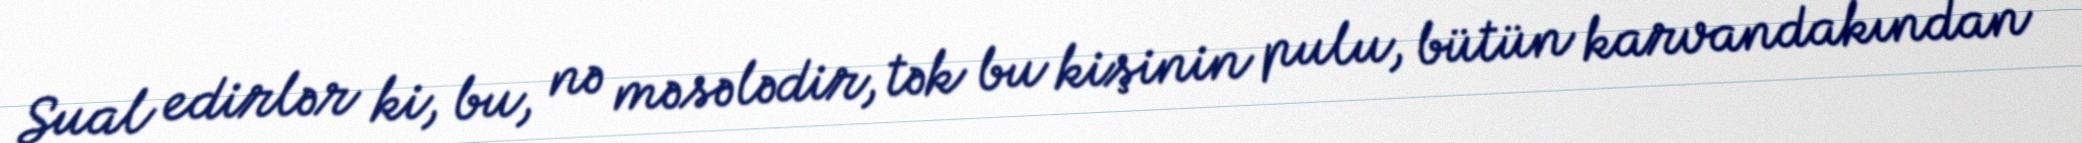
Sual edirlər ki, bu, nə məsələdir, tək bu kişinin pulu, bütün karvandakından